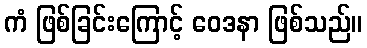
ကံ ဖြစ်ခြင်းကြောင့် ဝေဒနာ ဖြစ်သည်။